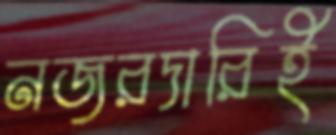
নজরদারিই